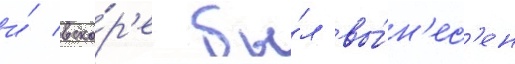
и́ вско́р'е бы́л вы́н'ес'ен